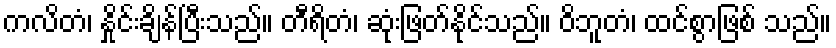
ကလိတံ၊ နှိုင်းချိန်ပြီးသည်။ တီရိတံ၊ ဆုံးဖြတ်နိုင်သည်။ ဝိဘူတံ၊ ထင်စွာဖြစ် သည်။